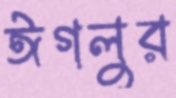
ঈগলুর